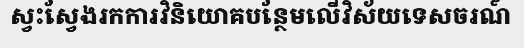
ស្វះស្វែងរកការវិនិយោគបន្ថែមលើវិស័យទេសចរណ៍